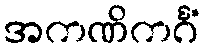
အကဏိကင်္ဂံ